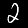
Label: 2